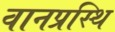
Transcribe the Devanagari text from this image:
वानप्रस्थि